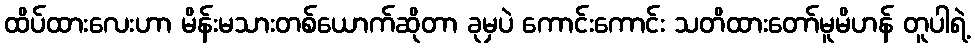
ထိပ်ထားလေးဟာ မိန်းမသားတစ်ယောက်ဆိုတာ ခုမှပဲ ကောင်းကောင်း သတိထားတော်မူမိဟန် တူပါရဲ့